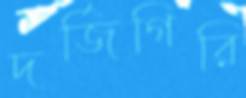
দর্জিগিরি